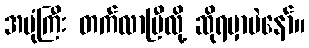
အပုံကြီး တက်လာပြီလို့ ဆိုရမှာပဲနော်။